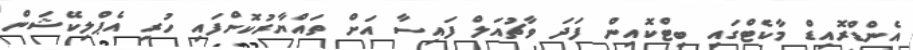
އެންޑްރޮއިޑް މާކެޓްގައި ބިޓްކޮއިން ފަދަ ވާޗުއަލް ފައިސާ އަށް ތައްޔާރުކޮށްފައި ހުރި އެޕްލިކޭޝަން